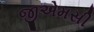
જીએમસી